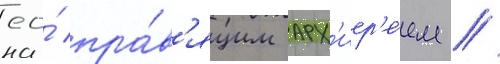
ео́ пра́в'ящим арх'иер'е́ем //